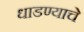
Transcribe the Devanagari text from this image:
धाडण्याचे